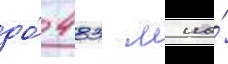
до́ 483 м на́